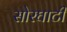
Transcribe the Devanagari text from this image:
सोरघाटी